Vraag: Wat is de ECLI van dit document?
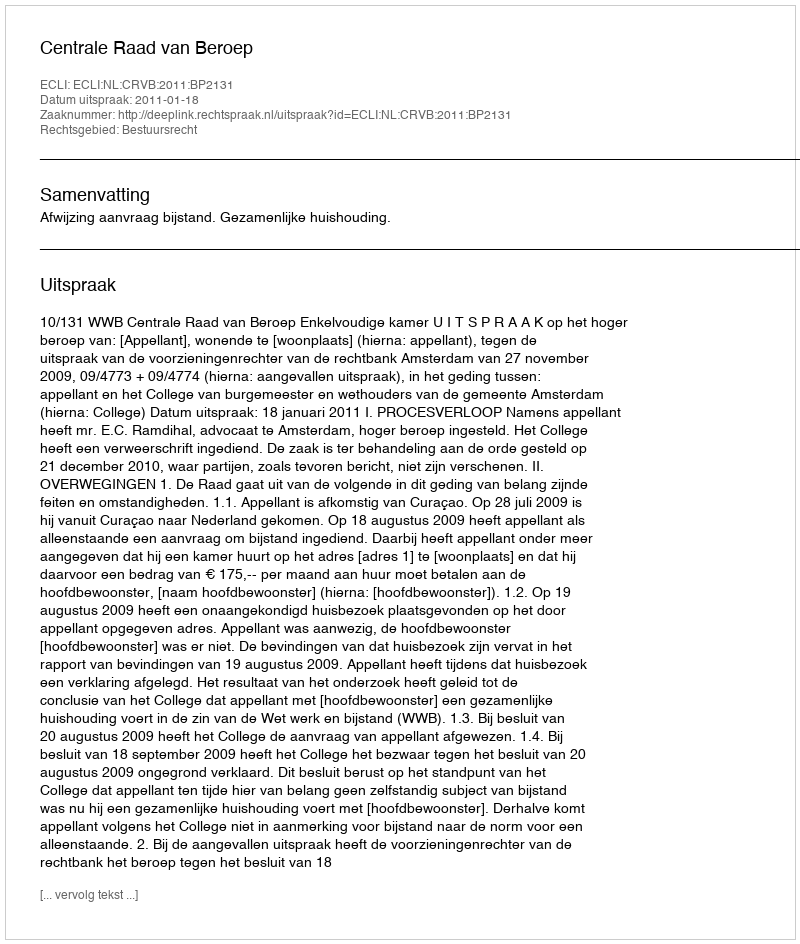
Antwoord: ECLI:NL:CRVB:2011:BP2131